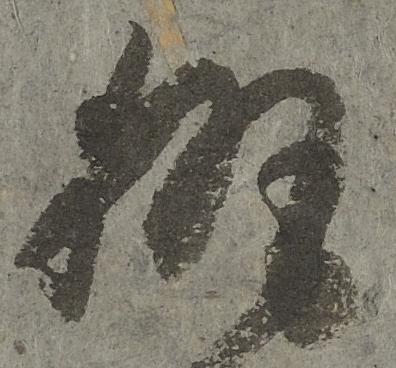
執